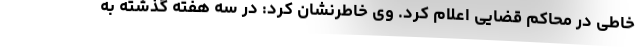
خاطی در محاکم قضایی اعلام کرد. وی خاطرنشان کرد: در سه هفته گذشته به